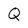
Character: Q